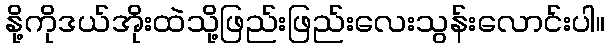
နို့ကိုဒယ်အိုးထဲသို့ဖြည်းဖြည်းလေးသွန်းလောင်းပါ။